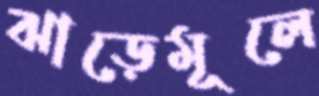
ঝাড়েমূলে